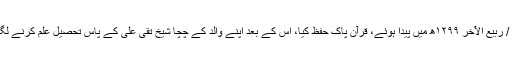
۱۰ / ربیع الآخر ۱۲۹۹ھ میں پیدا ہوئے، قرآن پاک حفظ کیا، اس کے بعد اپنے والد کے چچا شیخ تقی علی کے پاس تحصیل علم کرنے لگے۔